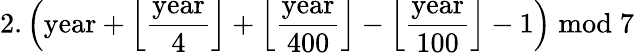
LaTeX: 2.\left({\mathrm{year}}+{\Big\lfloor}{\frac{\mathrm{year}}{4}}{\Big\rfloor}+{\Big\lfloor}{\frac{\mathrm{year}}{400}}{\Big\rfloor}-{\Big\lfloor}{\frac{\mathrm{year}}{100}}{\Big\rfloor}-1\right){\bmod{7}}